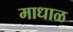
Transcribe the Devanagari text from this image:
माधाळ